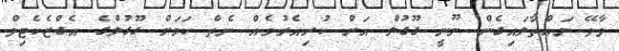
ވާވޭ ނައްތާލައިގެން ނޫނީ ގޫގުލް އަށް ކުރިއެރުމެއް ނެތް ކަމަށް ގޫގުލްގެ އެގްޒެކެޓިވް